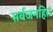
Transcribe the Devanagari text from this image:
सर्वजनहित